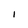
Character: I